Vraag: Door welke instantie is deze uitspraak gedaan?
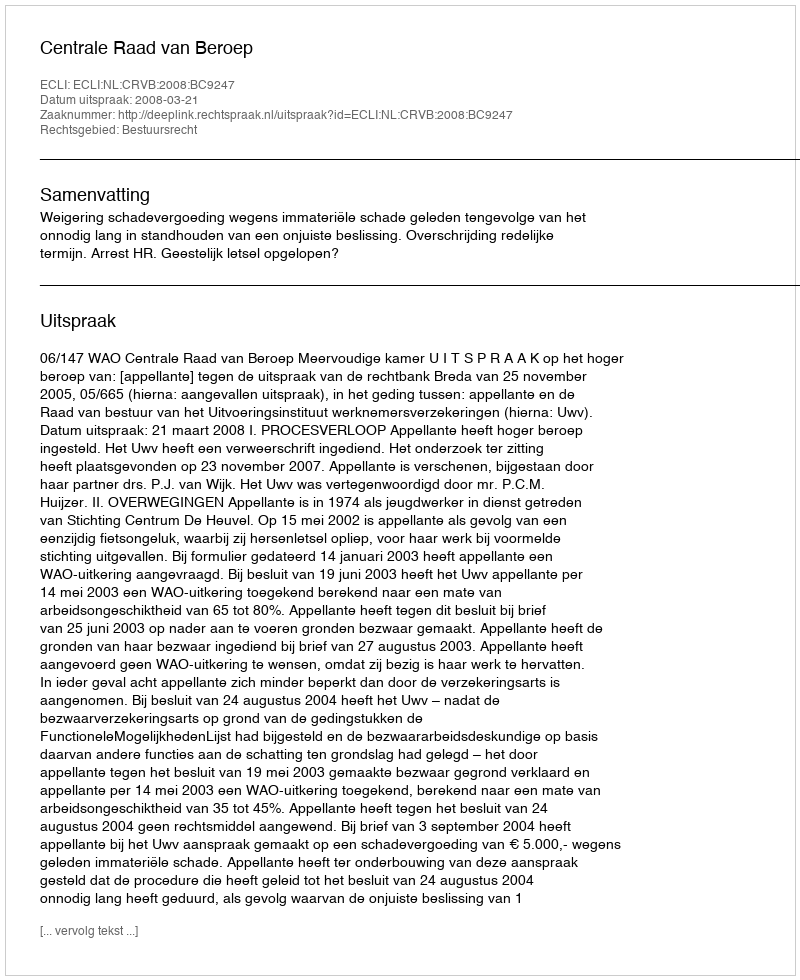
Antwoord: Centrale Raad van Beroep